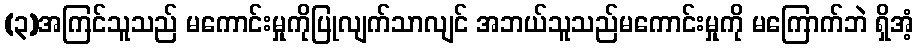
(၃)အကြင်သူသည် မကောင်းမှုကိုပြုလျက်သာလျင် အဘယ်သူသည်မကောင်းမှုကို မကြောက်ဘဲ ရှိအံ့